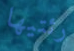
رئتيها